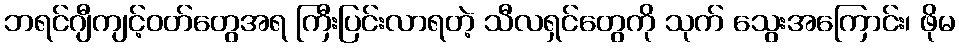
ဘရင်ဂျီကျင့်ဝတ်တွေအရ ကြီးပြင်းလာရတဲ့ သီလရှင်တွေကို သုက် သွေးအကြောင်း၊ ဖိုမ